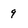
Character: 9